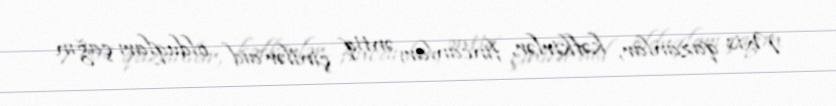
Mis qazanlar, kəfkirlər, fincanlar, əntiq çinilər aid olduqları çağın